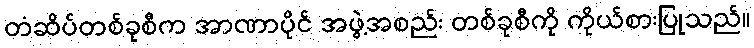
တံဆိပ်တစ်ခုစီက အာဏာပိုင် အဖွဲ့အစည်း တစ်ခုစီကို ကိုယ်စားပြုသည်။